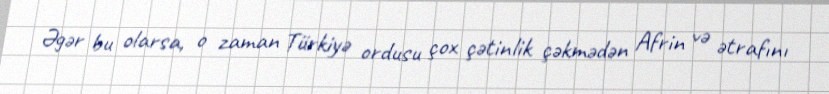
Əgər bu olarsa, o zaman Türkiyə ordusu çox çətinlik çəkmədən Afrin və ətrafını